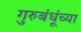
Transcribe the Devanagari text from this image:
गुरुबंधूंच्या